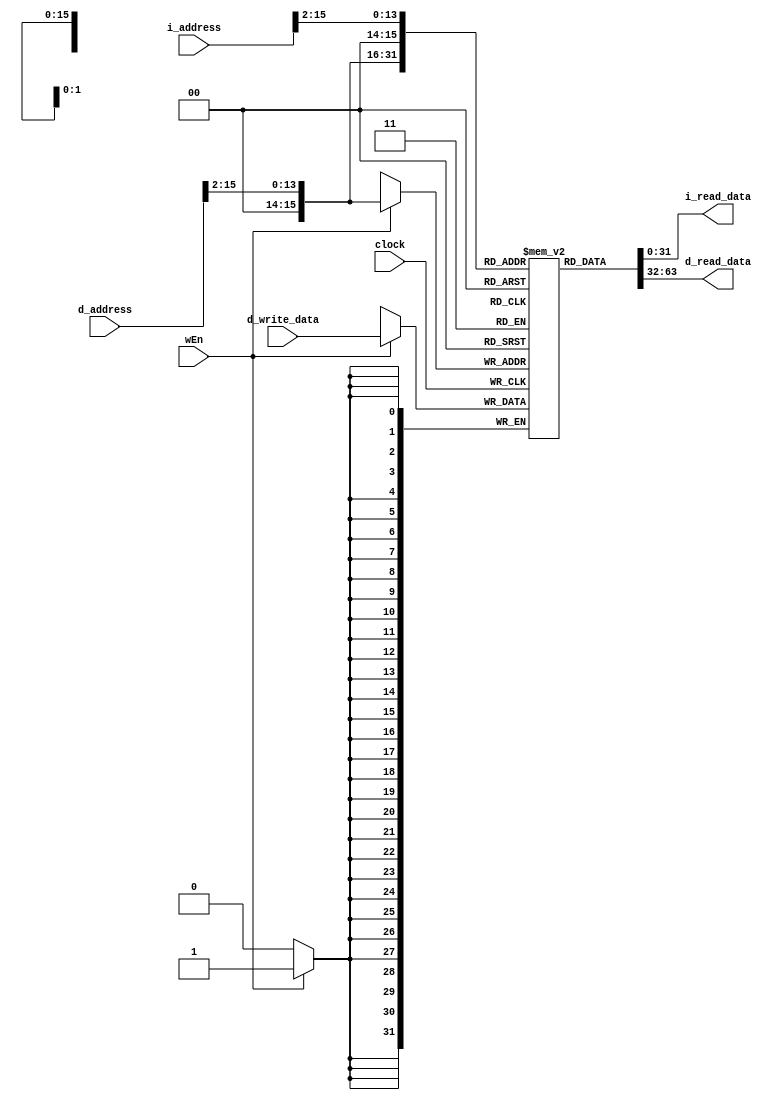
// Name: Quinn Meurer, Frank Yang, Alex Salmi
// BU ID: U45675030, U43169269, U04201274
// EC413 Project: Ram Module

module ram #(
  parameter DATA_WIDTH = 32,
  parameter ADDR_WIDTH = 16
) (
  input  clock,

  // Instruction Port
  input  [ADDR_WIDTH-1:0] i_address,
  output [DATA_WIDTH-1:0] i_read_data,

  // Data Port
  input  wEn,
  input  [ADDR_WIDTH-1:0] d_address,
  input  [DATA_WIDTH-1:0] d_write_data,
  output [DATA_WIDTH-1:0] d_read_data

);

localparam RAM_DEPTH = 1 << ADDR_WIDTH;

reg [DATA_WIDTH-1:0] ram [0:RAM_DEPTH-1];

/******************************************************************************
*                      Start Your Code Here
******************************************************************************/

/* Data */

assign d_read_data = ram[d_address[ADDR_WIDTH-1:2]];

always@(posedge clock) begin
	if (wEn == 1'b1) begin
		ram[d_address[ADDR_WIDTH-1:2]] <= d_write_data;
	end
end

/* Instruction */

assign i_read_data = ram[i_address[ADDR_WIDTH-1:2]];

endmodule